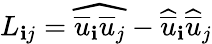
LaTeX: L_{\mathbf{i}j}=\widehat{{\overline{{{u}}}_{\mathbf{i}}\overline{{{u}}}_{j}}}-\widehat{{\overline{{{u}}}}}_{\mathbf{i}}\widehat{{\overline{{{u}}}}}_{j}